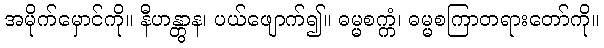
အမိုက်မှောင်ကို။ နီဟန္တွာန၊ ပယ်ဖျောက်၍။ ဓမ္မစက္ကံ၊ ဓမ္မစကြာတရားတော်ကို။